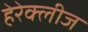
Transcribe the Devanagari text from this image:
हेरेक्लीज